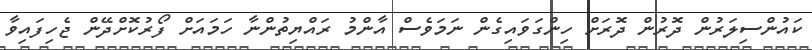
ކައުންސިލަރުން ދޮރުން ދޮރަށް ހިންގަވައިގެން ނަމަވެސް އާންމު ރައްޔިތުންނާ ހަމައަށް ފޯރުކޮށްދޭން ޖެހިފައިވާ